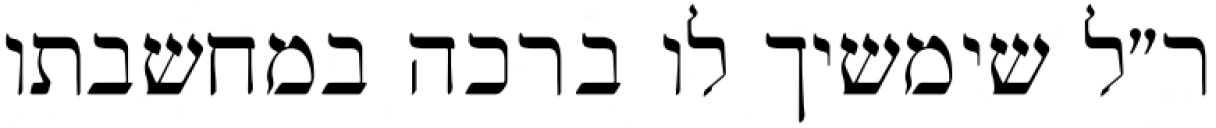
ר״ל שימשיך לו ברכה במחשבתו